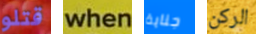
قتلو when جناية الركن